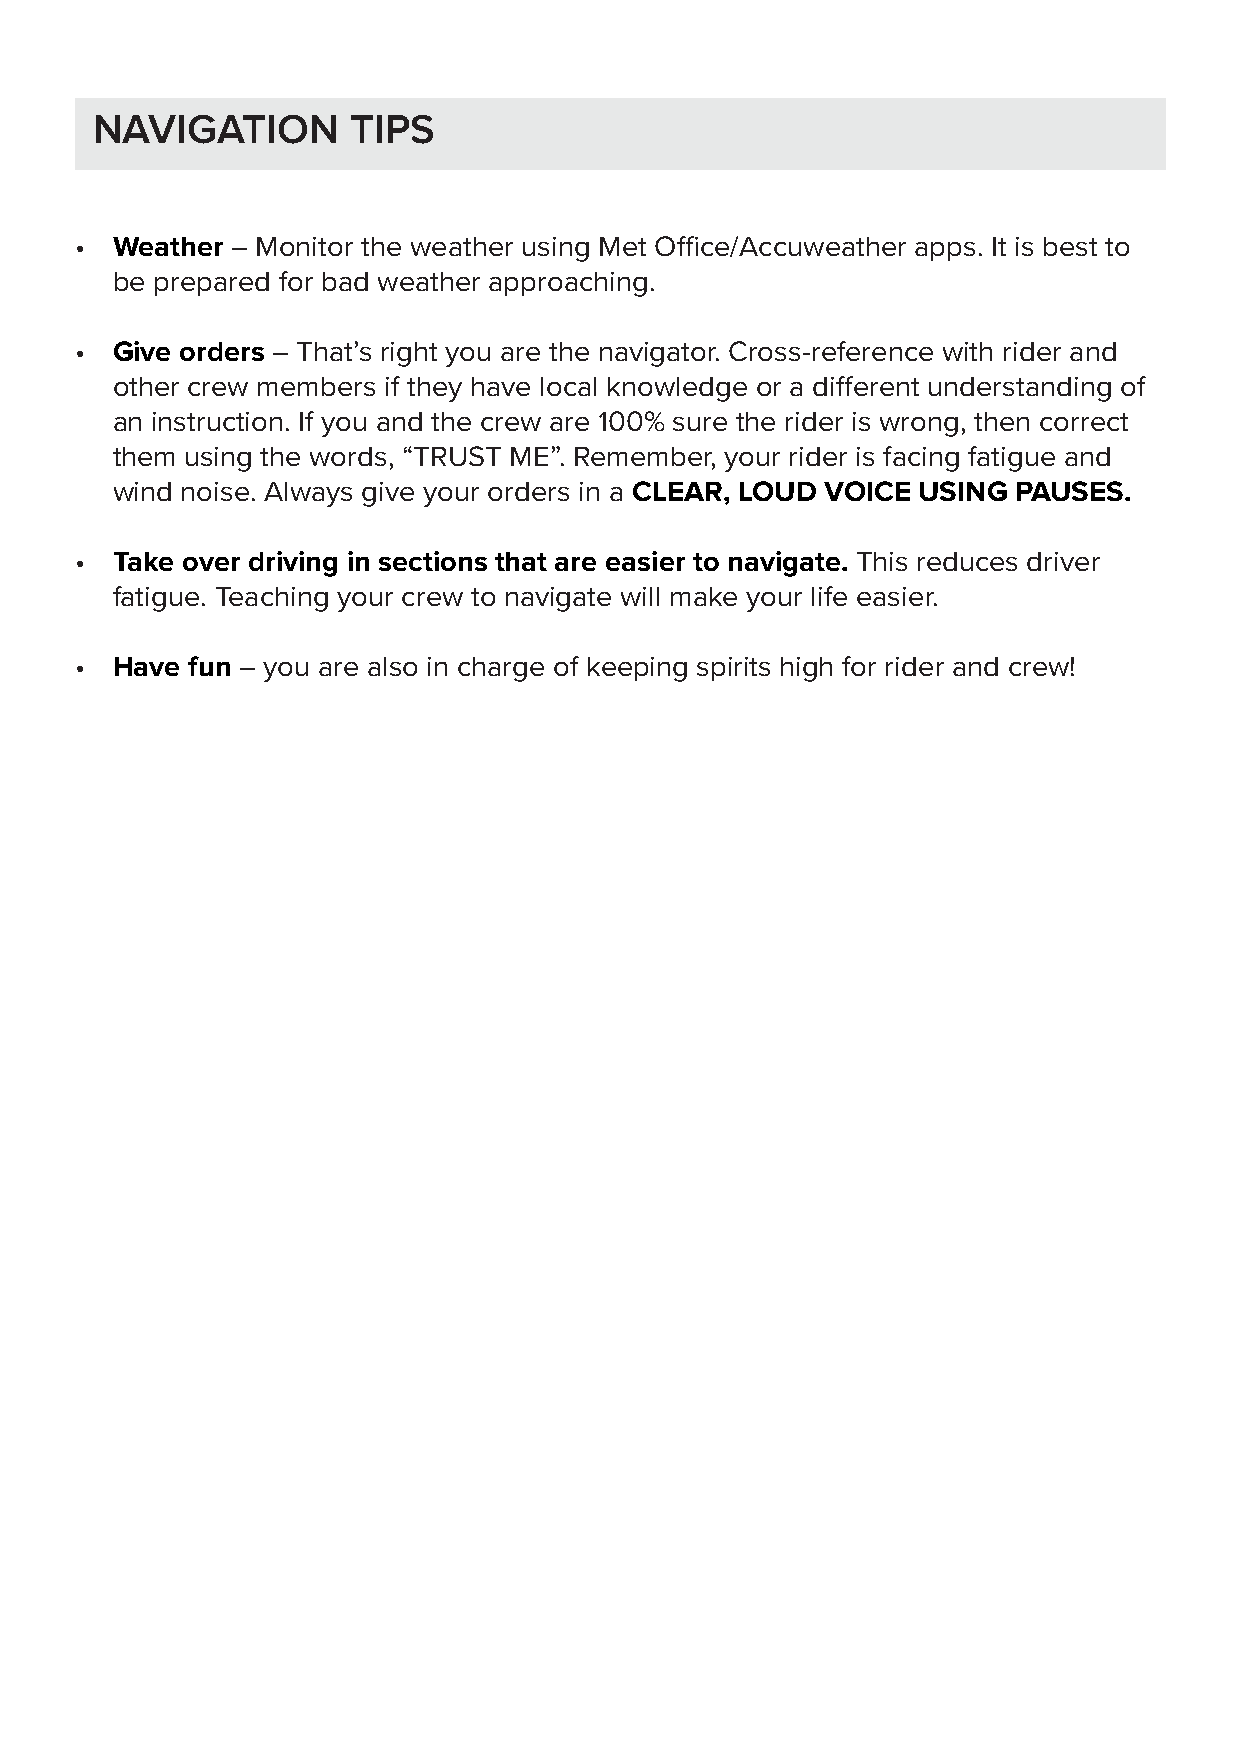
NAVIGATION       TIPS
 • Weather – Monitor the weather using Met Office/Accuweather apps. It is best to
 be prepared for bad weather approaching.
 • Give orders – That’s right you are the navigator. Cross-reference with rider and
 other crew members if they have local knowledge or a different understanding of
 an instruction. If you and the crew are 100% sure the rider is wrong, then correct
 them using the words, “TRUST ME”. Remember, your rider is facing fatigue and
 wind noise. Always give your orders in a CLEAR, LOUD VOICE USING PAUSES.
 • Take over driving in sections that are easier to navigate. This reduces driver
 fatigue. Teaching your crew to navigate will make your life easier.
 • Have fun – you are also in charge of keeping spirits high for rider and crew!